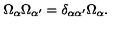
\Omega _ { \alpha } \Omega _ { \alpha ^ { \prime } } = \delta _ { \alpha \alpha ^ { \prime } } \Omega _ { \alpha } .